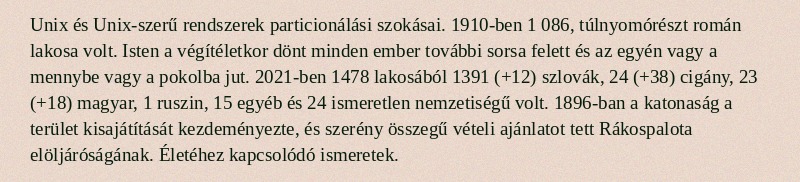
Unix és Unix-szerű rendszerek particionálási szokásai. 1910-ben 1 086, túlnyomórészt román lakosa volt. Isten a végítéletkor dönt minden ember további sorsa felett és az egyén vagy a mennybe vagy a pokolba jut. 2021-ben 1478 lakosából 1391 (+12) szlovák, 24 (+38) cigány, 23 (+18) magyar, 1 ruszin, 15 egyéb és 24 ismeretlen nemzetiségű volt. 1896-ban a katonaság a terület kisajátítását kezdeményezte, és szerény összegű vételi ajánlatot tett Rákospalota elöljáróságának. Életéhez kapcsolódó ismeretek.